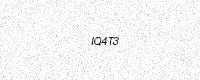
Text: IQ4T3